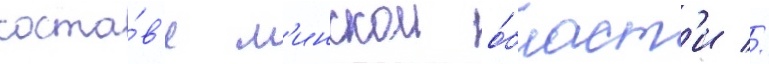
соста́в'е м'инскои о́бласт'и //